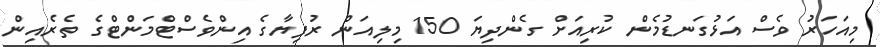
މިއަހަރު ވެސް އަޅުގަނޑުމެން ކުރިއަށް ގެންދިޔަ 150 މިލިއަން ރުފިޔާގެ އިންވެސްޓްމަންޓްގެ ތެރެއިން